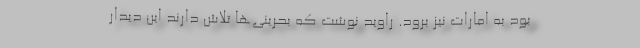
بود به امارات نیز برود. راوید نوشت که بحرینی‌ها تلاش دارند این دیدار